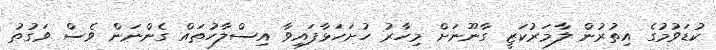
ކުޑަވުމުގެ އިތުރުން ލާމަރުކަޒީ ގާނޫނަށް މިހާރު ހުށަހަޅާފައިވާ އިސްލާހުތައް ގެންނަން ވެސް ވަގުތު